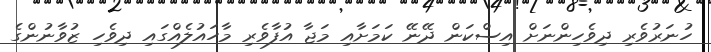
ހުނަރުވެރި ދިވެހިންނަށް އިސްކަން ދޭނޭ ކަމަށާއި މަޖާ އުފާވެރި މާހައުލެއްގައި ދިވެހި ޒުވާނުންގެ